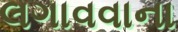
લગાવવાના